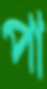
পা